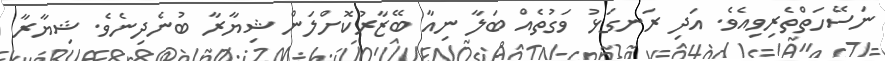
ނަސޭހަތްތެރިވިއެވެ. އަދި ރަނގަޅު ވަގުތެއް ބަލާ ނިއާ ބޭޒާރުކޮށްލަން ޝިޔާރާ ބުނެދިނެވެ. ޝިޔާރާ